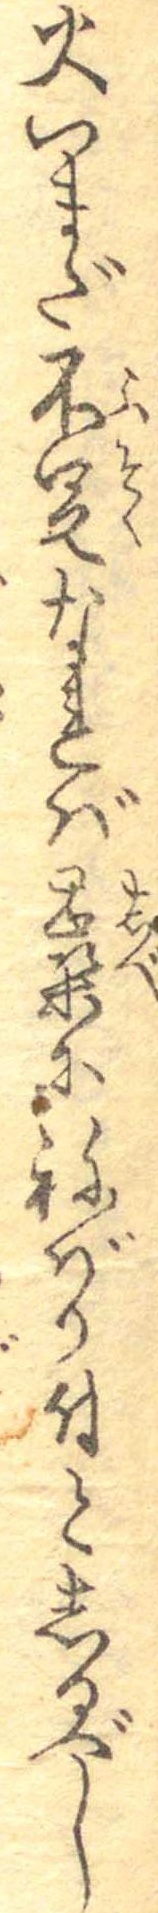
火いまだ不足なれば蕊にねばり付としるべし